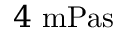
4 ~ \mathrm { m P a s }